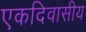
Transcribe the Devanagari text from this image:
एकदिवासीय